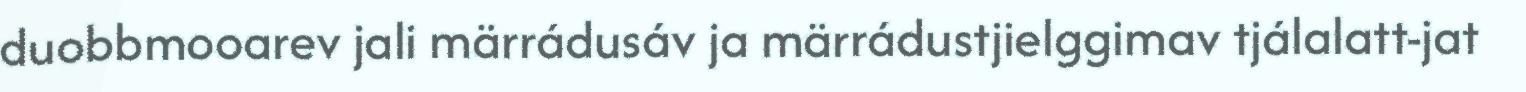
duobbmooarev jali märrádusáv ja märrádustjielggimav tjálalatt-jat